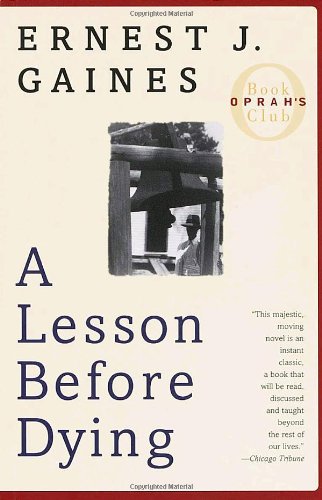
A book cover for A Lesson Before Dying (Oprah's Book Club); Ernest J. Gaines; Literature & Fiction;